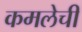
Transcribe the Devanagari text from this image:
कमलेची